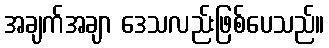
အချက်အချာ ဒေသလည်းဖြစ်ပေသည်။